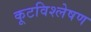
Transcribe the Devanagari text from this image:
कूटविश्लेषण